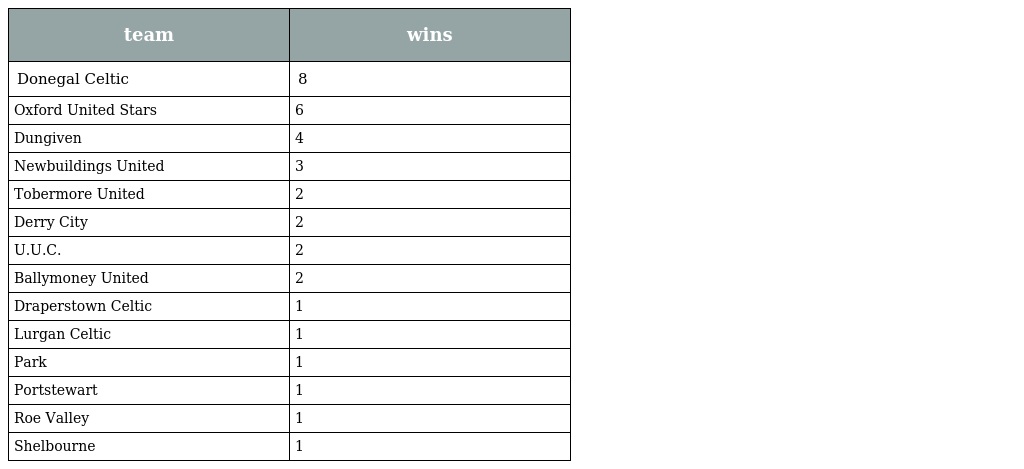
| team | wins |
 | --- | --- |
 | Donegal Celtic | 8 |
 | Oxford United Stars | 6 |
 | Dungiven | 4 |
 | Newbuildings United | 3 |
 | Tobermore United | 2 |
 | Derry City | 2 |
 | U.U.C. | 2 |
 | Ballymoney United | 2 |
 | Draperstown Celtic | 1 |
 | Lurgan Celtic | 1 |
 | Park | 1 |
 | Portstewart | 1 |
 | Roe Valley | 1 |
 | Shelbourne | 1 |